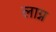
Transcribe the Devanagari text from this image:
लाग्न